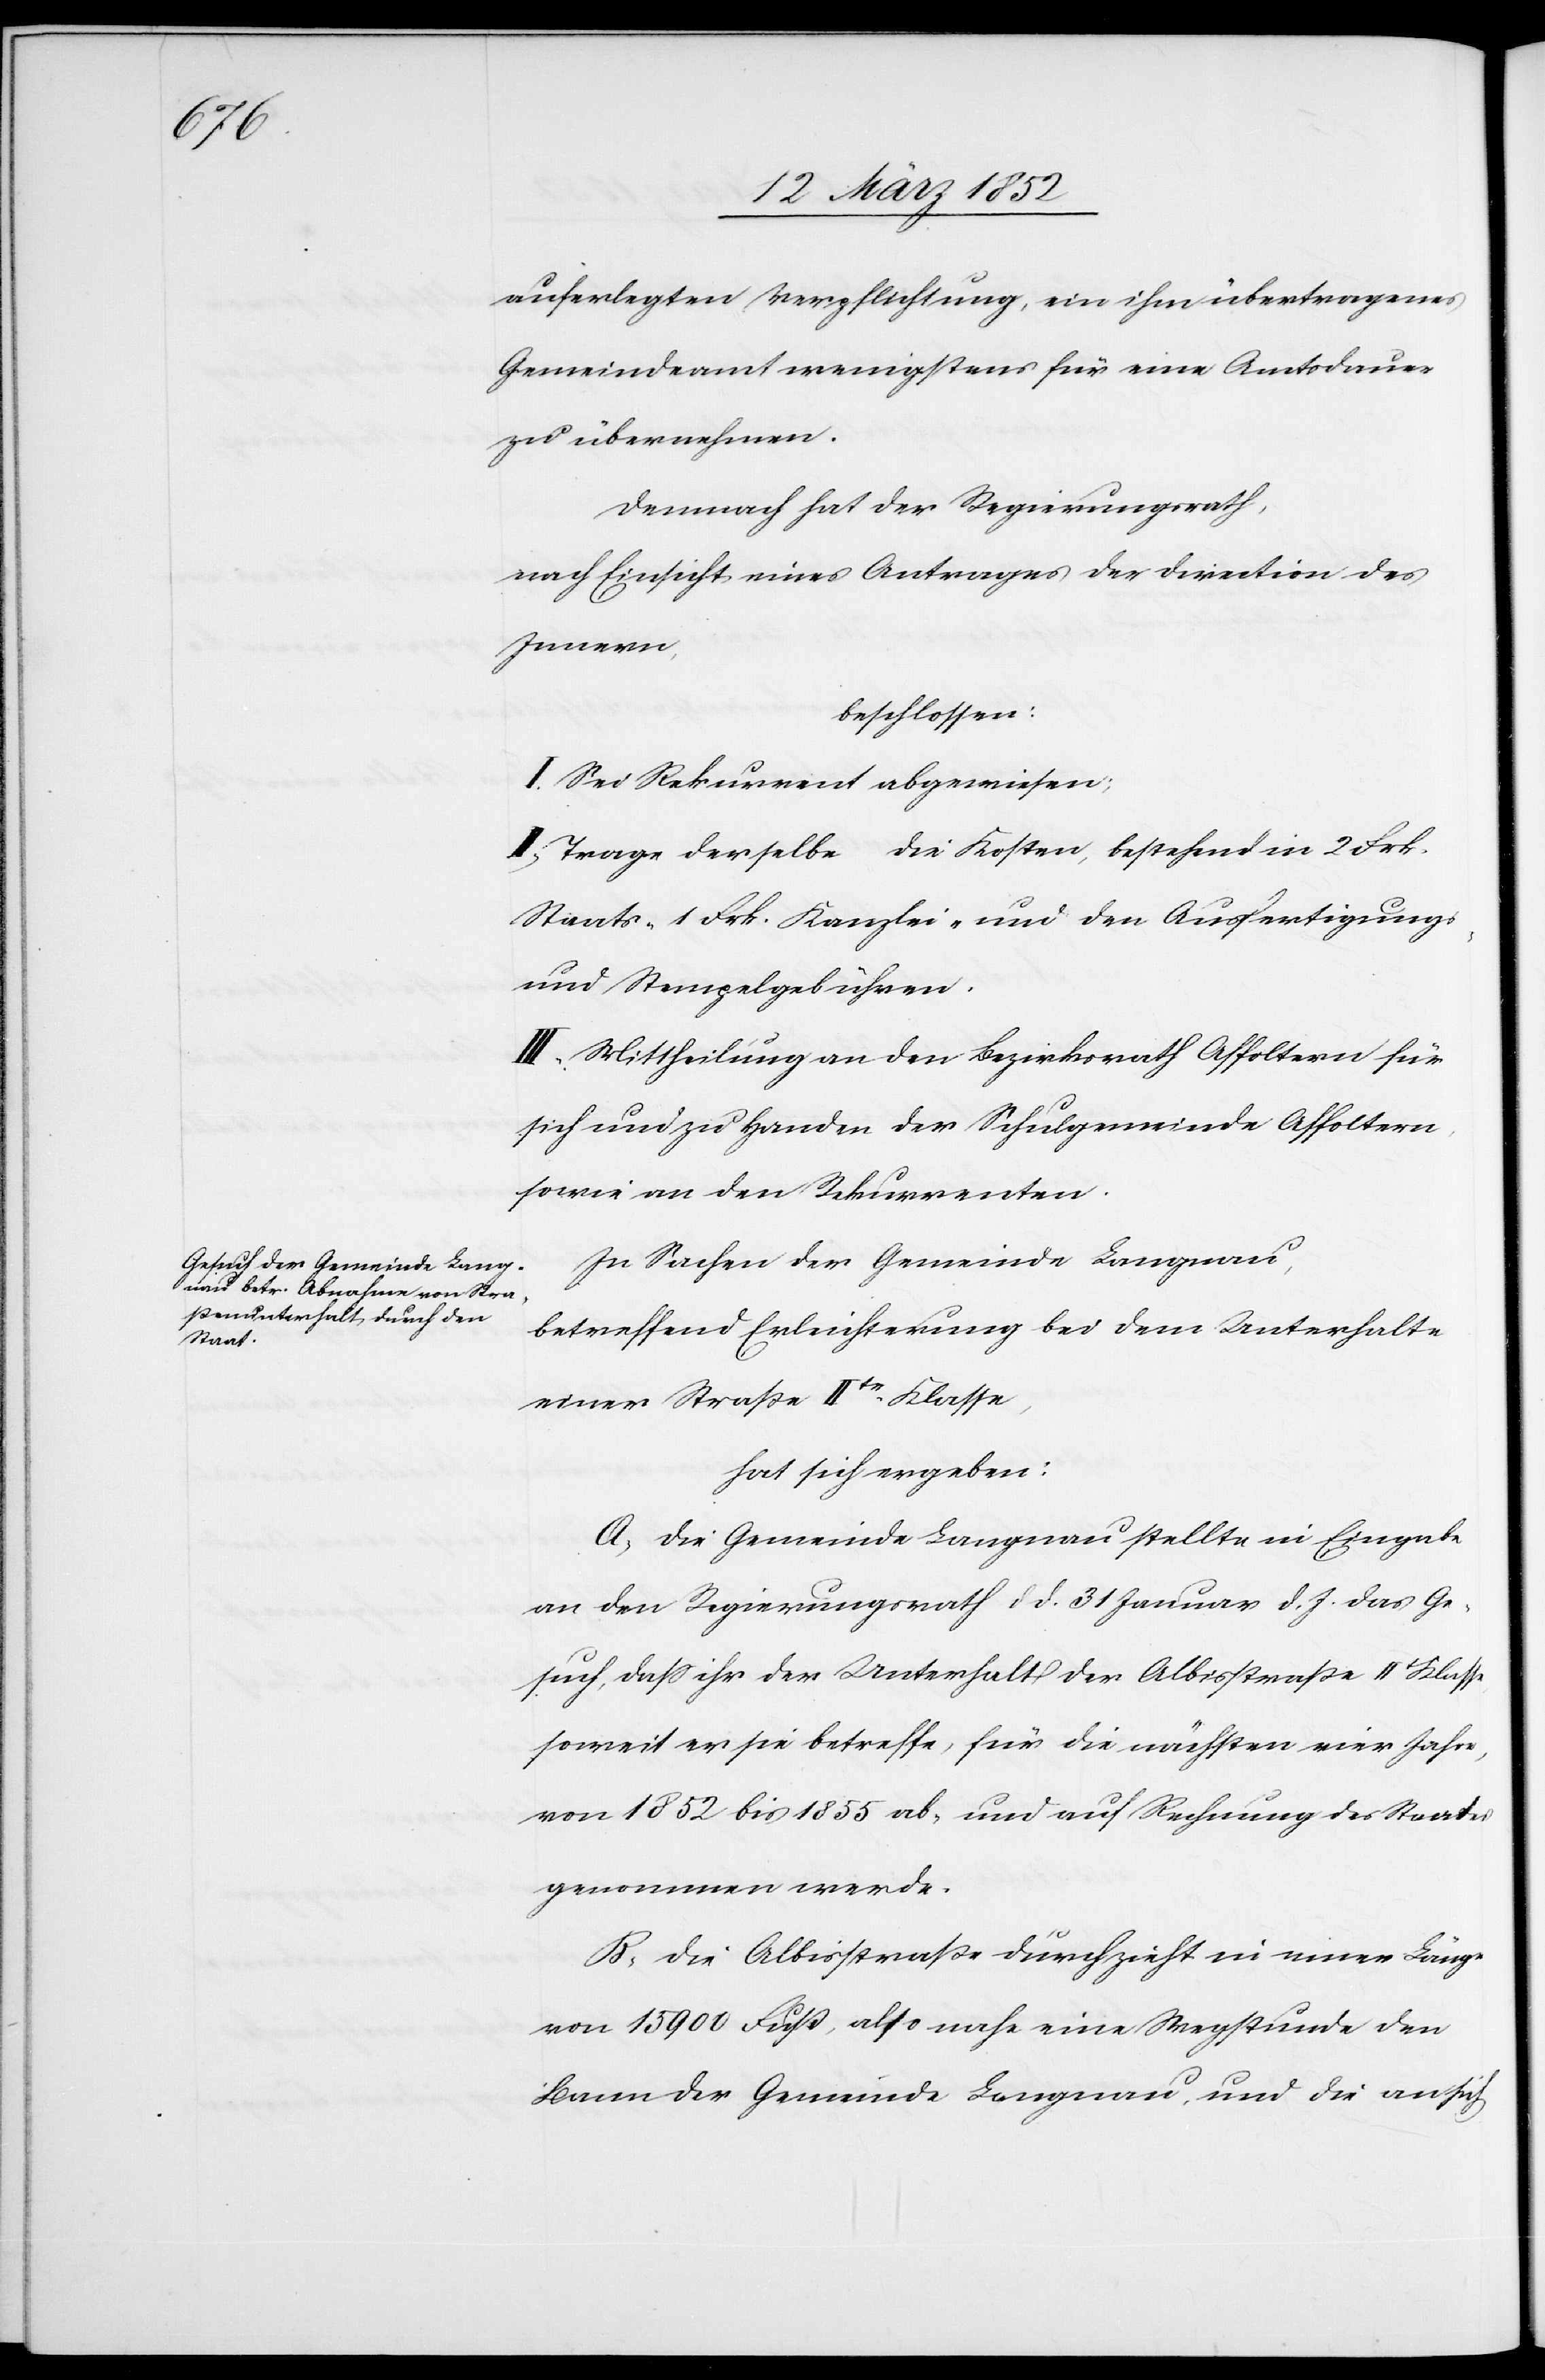
auferlegten Verpflichtung, ein ihm übertragenes
Gemeindeamt wenigstens für eine Amtsdauer
zu übernehmen.
Demnach hat der Regierungsrath,
nach Einsicht eines Antrages der Direction des
Innern,
beschlossen:
I. Sei Rekurrent abgewiesen;
II. Trage derselbe die Kosten, bestehend in 2 Frk.
Staats- 1 Frk. Kanzlei- und den Ausfertigungs-
und Stempelgebühren.
III. Mittheilung an den Bezirksrath Affoltern für
sich und zu Handen der Schulgemeinde Affoltern
sowie an den Rekurrenten.
In Sachen der Gemeinde Langnau,
betreffend Erleichterung bei dem Unterhalte
einer Straße IIte Klasse,
hat sich ergeben:
A) Die Gemeinde Langnau stellte in Eingabe
an den Regierungsrath dd. 31 Januar d. J. das Ge¬
such, daß ihr der Unterhalt der Albisstraße II Klasse
soweit er sie betreffe, für die nächsten vier Jahre,
von 1852 bis 1855 ab, und auf Rechnung des Staates
genommen werde.
B) Die Albisstraße durchzieht in einer Länge
von 15 900 Fuß, also nahe eine Wegstunde den
Saum der Gemeinde Langnau, und die an sich